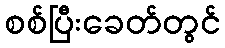
စစ်ပြီးခေတ်တွင်